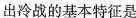
出冷战的基本特征是